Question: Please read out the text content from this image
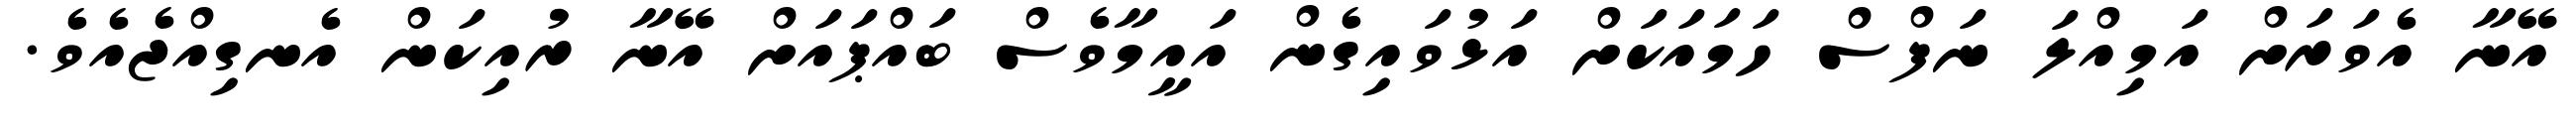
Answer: އޭނާ އެވަރަށް އަމިއްލަ ނަފްސް ހަމައަކަށް އަޅުވައިގެން އައީމާވެސް ބައްޕައަށް އޭނާ ރުއިކަން އެނގިއްޖެއެވެ.